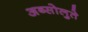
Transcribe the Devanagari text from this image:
अब्सोलुते